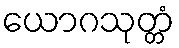
ယောဂသုတ္တံ